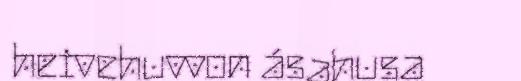
heivehuvvon ásahusa